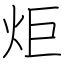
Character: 炬